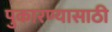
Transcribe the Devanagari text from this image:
पुकारण्यासाठी